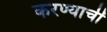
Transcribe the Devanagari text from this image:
करण्याचीं